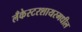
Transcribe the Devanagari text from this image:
लँकेस्टरशायरमधील